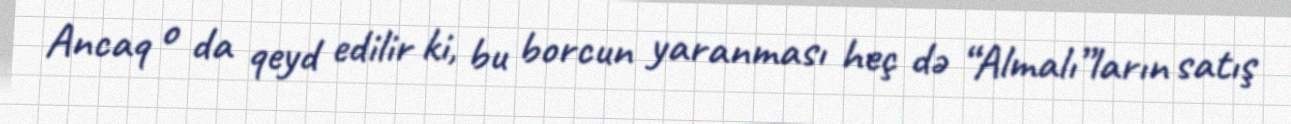
Ancaq o da qeyd edilir ki, bu borcun yaranması heç də “Almalı”ların satış